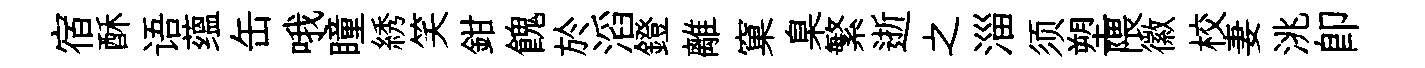
宿酥语蕴缶哦瞳綉笑鉗餽於滔鐙離窠臬繁逝之淄须塑隈徽校妻洮卽